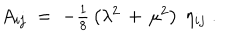
A _ { i j } \; = \; - \textstyle { \frac { 1 } { 8 } } \left( \lambda ^ { 2 } \, + \, \mu ^ { 2 } \right) \ \eta _ { i j } \; .